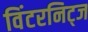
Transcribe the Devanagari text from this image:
विंटरनिट्ज